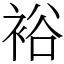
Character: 裕